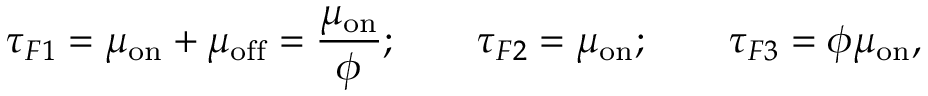
\tau _ { F 1 } = \mu _ { \mathrm { o n } } + \mu _ { \mathrm { o f f } } = \frac { \mu _ { \mathrm { o n } } } { \phi } ; \quad \quad \tau _ { F 2 } = \mu _ { \mathrm { o n } } ; \quad \quad \tau _ { F 3 } = \phi \mu _ { \mathrm { o n } } ,